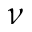
\nu